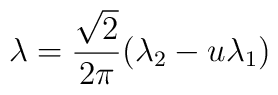
\lambda= \frac{\sqrt2}{2 \pi} ( \lambda_2 - u \lambda_1)